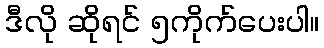
ဒီလို ဆိုရင် ၅ကိုက်ပေးပါ။